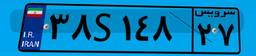
۳۸S۱۴۸۲۷